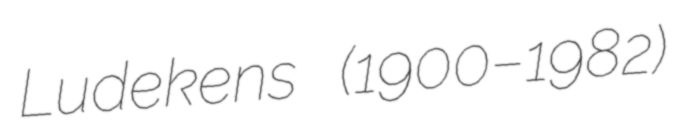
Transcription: Ludekens (1900–1982)